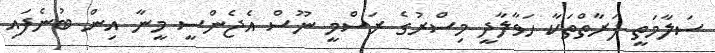
ސަލާމަތީ ފަރާތްތަކާ ހަވާލާދީ މިސްރުގެ ރަސްމީ ނޫސް އެޖެންސީ މީނާ އިން ބުނެފައި